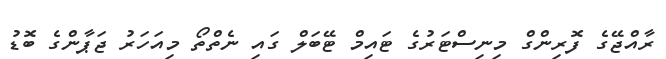
ރާއްޖޭގެ ފޮރިންގް މިނިސްޓަރުގެ ޓައިމް ޓޭބަލް ގައި ނެތްތޯ މިއަހަރު ޖަޕާންގެ ބޮޑު